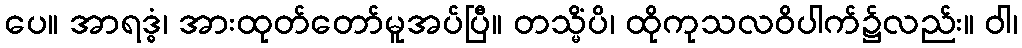
ပေ။ အာရဒ္ဓံ၊ အားထုတ်တော်မူအပ်ပြီ။ တသ္မိံပိ၊ ထိုကုသလဝိပါက်၌လည်း။ ဝါ၊